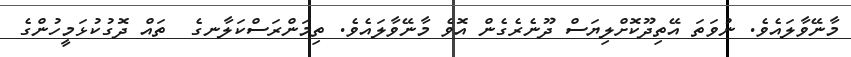
މާނޭވާލައެވެ. ނުވަތަ އޭތިދޫކޮށްލިޔަސް ދޫނެރެގެން އޮވެ މާނޭވާލައެވެ. ތިމަންރަސްކަލާނގެ  ތައް ދޮގުކުޅަމީހުންގެ